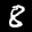
Digit: 8